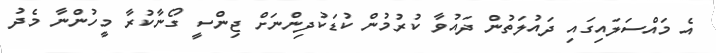
އެ މައްސަލައިގައި ދައުލަތުން ދައުވާ ކުރުމުން ކުޑަކުދިންނަށް ޖިންސީ ގޯނާކުރާ މީހުންނާ މެދު